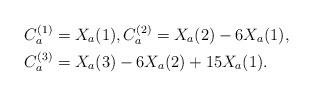
LaTeX: \begin{align*}C_{a}^{(1)}&=X_{a}(1), C_{a}^{(2)}=X_{a}(2)-6X_{a}(1), \\C_{a}^{(3)}&=X_{a}(3)-6X_{a}(2)+15X_{a}(1).\end{align*}